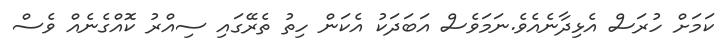
ކަމަށް ހުރަސް އެޅިދާނެއެވެ.ނަމަވެސް އަބަދަކު އެކަން ހިތު ތެރޭގައި ސިއްރު ކޮއްގެނެއް ވެސް